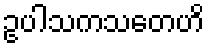
ဥပါသကသတေဟိ